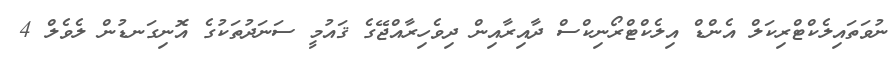
ނުވަތައިލެކްޓްރިކަލް އެންޑް އިލެކްޓްރޯނިކްސް ދާއިރާއިން ދިވެހިރާއްޖޭގެ ޤައުމީ ސަނަދުތަކުގެ އޮނިގަނޑުން ލެވެލް 4